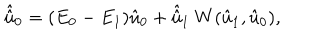
\hat { \hat { u } } _ { 0 } = ( E _ { 0 } - E _ { 1 } ) \hat { u } _ { 0 } + \hat { \hat { u } } _ { 1 } { } ~ W ( \hat { u } _ { 1 } , \hat { u } _ { 0 } ) ,